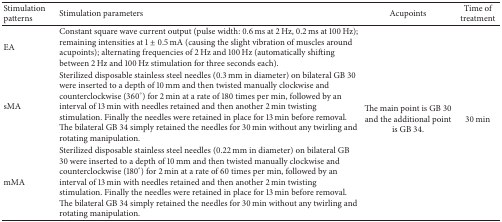
| Stimulation patterns | Stimulation parameters | Acupoints | Time of treatment |
 | --- | --- | --- | --- |
 | EA | Constant square wave current output (pulse width: 0.6 ms at 2 Hz, 0.2 ms at 100 Hz); remaining intensities at 1 ± 0.5 mA (causing the slight vibration of muscles around acupoints); alternating frequencies of 2 Hz and 100 Hz (automatically shifting between 2 Hz and 100 Hz stimulation for three seconds each). |  |  |
 | sMA | Sterilized disposable stainless steel needles (0.3 mm in diameter) on bilateral GB 30 were inserted to a depth of 10 mm and then twisted manually clockwise and counterclockwise (360°) for 2 min at a rate of 180 times per min, followed by an interval of 13 min with needles retained and then another 2 min twisting stimulation. Finally the needles were retained in place for 13 min before removal. The bilateral GB 34 simply retained the needles for 30 min without any twirling and rotating manipulation. | The main point is GB 30 and the additional point is GB 34. | 30 min |
 | mMA | Sterilized disposable stainless steel needles (0.22 mm in diameter) on bilateral GB 30 were inserted to a depth of 10 mm and then twisted manually clockwise and counterclockwise (180°) for 2 min at a rate of 60 times per min, followed by an interval of 13 min with needles retained and then another 2 min twisting stimulation. Finally the needles were retained in place for 13 min before removal. The bilateral GB 34 simply retained the needles for 30 min without any twirling and rotating manipulation. |  |  |